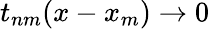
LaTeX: t_{nm}(x-x_{m})\to 0